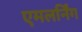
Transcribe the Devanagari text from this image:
एमलर्निंग